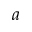
a